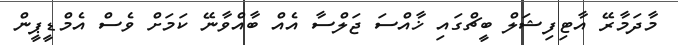
މާދަމާރޭ އާޓިފިޝަލް ބީޗްގައި ޚާއްސަ ޖަލްސާ އެއް ބާއްވާނޭ ކަމަށް ވެސް އެމްޑީޕީން